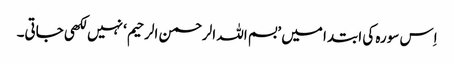
اِس سورہ کی ابتدا میں ’بسم اللہ الرحمن الرحیم‘ نہیں لکھی جاتی۔